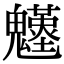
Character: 𩴴